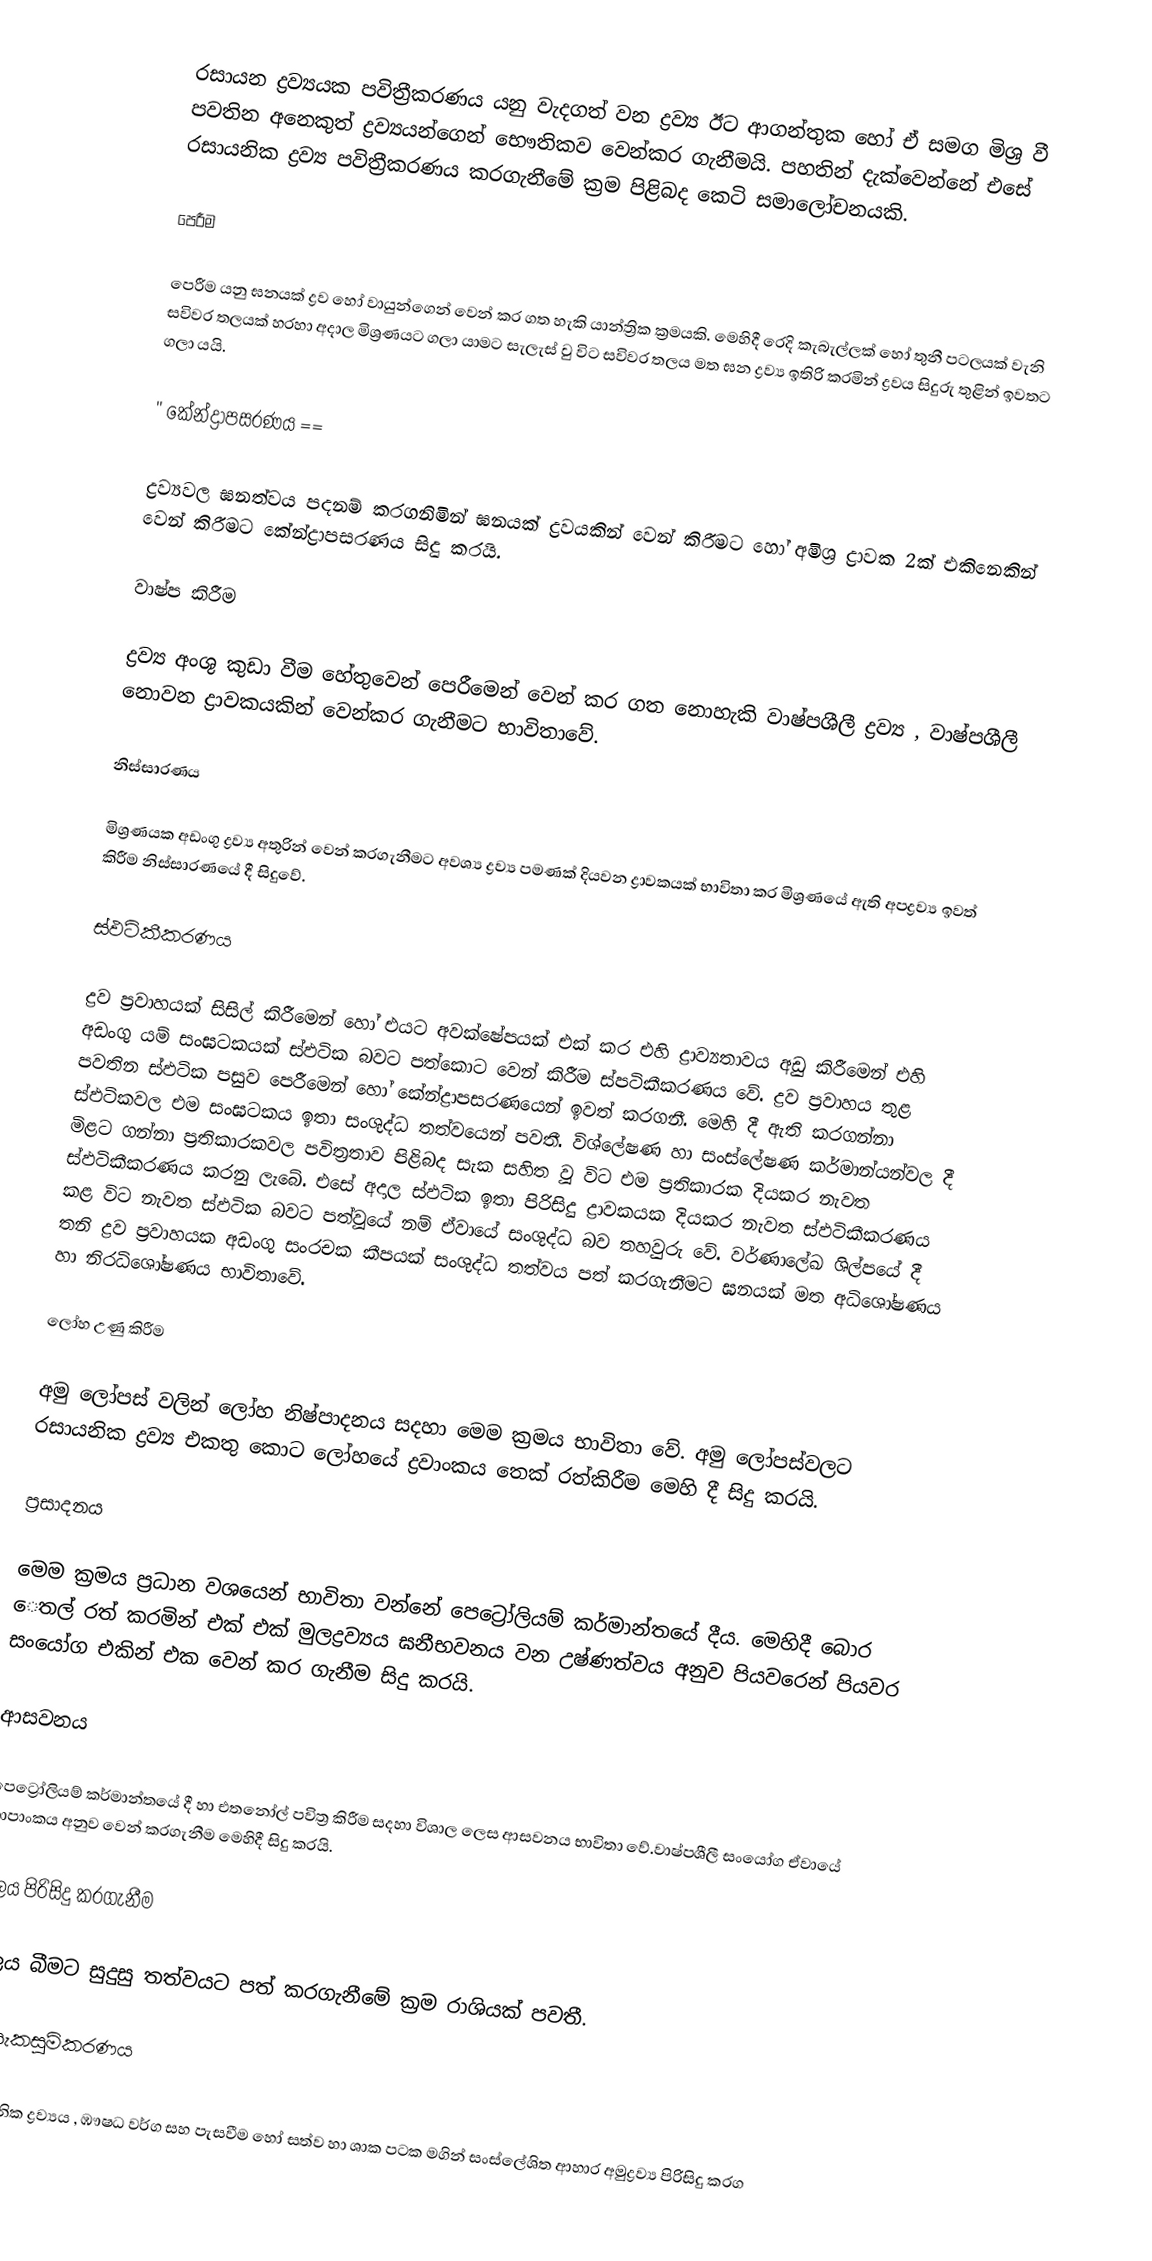
රසායන ද්‍රව්‍යයක පවිත්‍රීකරණය යනු වැදගත් වන ද්‍රව්‍ය ඊට ආගන්තුක හෝ ඒ සමග මිශ්‍ර වී පවතින අනෙකුත් ද්‍රව්‍යයන්ගෙන් භෞතිකව වෙන්කර ගැනීමයි. පහතින් දැක්වෙන්නේ එසේ රසායනික ද්‍රව්‍ය පවිත්‍රීකරණය කරගැනීමේ ක්‍රම පිළිබද කෙටි සමාලෝචනයකි.

පෙරීම

පෙරීම යනු ඝනයක් ද්‍රව හෝ වායුන්ගෙන් වෙන් කර ගත හැකි යාන්ත්‍රික ක්‍රමයකි. මෙහිදී රෙදි කැබැල්ලක් හෝ තුනී පටලයක් වැනි සවිවර තලයක් හරහා අදාල මිශ්‍රණයට ගලා යාමට සැලැස් වු විට සවිවර තලය මත ඝන ද්‍රව්‍ය ඉතිරි කරමින් ද්‍රවය සිදුරු තුළින් ඉවතට ගලා යයි.

''  කේන්ද්‍රාපසරණය ==

ද්‍රව්‍යවල ඝනත්වය පදනම් කරගනිමින් ඝනයක් ද්‍රවයකින් වෙන් කිරීමට හෝ අමිශ්‍ර ද්‍රාවක 2ක් එකිනෙකින් වෙන් කිරීමට කේන්ද්‍රාපසරණය සිදු කරයි.

වාෂ්ප කිරීම

ද්‍රව්‍ය අංශු කුඩා වීම හේතුවෙන් පෙරීමෙන් වෙන් කර ගත නොහැකි වාෂ්පශීලී ද්‍රව්‍ය , වාෂ්පශීලී නොවන ද්‍රාවකයකින් වෙන්කර ගැනීමට භාවිතාවේ.

නිස්සාරණය

මිශ්‍රණයක අඩංගු ද්‍රව්‍ය අතුරින් වෙන් කරගැනීමට අවශ්‍ය ද්‍රව්‍ය පමණක් දියවන ද්‍රාවකයක් භාවිතා කර මිශ්‍රණයේ ඇති අපද්‍රව්‍ය ඉවත් කිරීම නිස්සාරණයේ දී සිදුවේ.

ස්ඵටිකීකරණය

ද්‍රව ප්‍රවාහයක් සිසිල් කිරීමෙන් හෝ එයට අවක්ෂේපයක් එක් කර එහි ද්‍රාව්‍යතාවය අඩු කිරීමෙන් එහි අඩංගු යම් සංඝටකයක් ස්ඵටික බවට පත්කොට වෙන් කිරීම ස්පටිකීකරණය වේ. ද්‍රව ප්‍රවාහය තුළ පවතින ස්ඵටික පසුව පෙරීමෙන් හෝ කේන්ද්‍රාපසරණයෙන් ඉවත් කරගනී. මෙහි දී ඇති කරගන්නා ස්ඵටිකවල එම සංඝටකය ඉතා සංශුද්ධ තත්වයෙන් පවතී. විශ්ලේෂණ හා සංස්ලේෂණ කර්මාන්යන්වල දී මිළට ගන්නා ප්‍රතිකාරකවල පවිත්‍රතාව පිළිබද සැක සහිත වූ විට එම ප්‍රතිකාරක දියකර නැවත ස්ඵටිකීකරණය කරනු  ලැබේ. එසේ අදාල ස්ඵටික ඉතා පිරිසිදු ද්‍රාවකයක දියකර නැවත ස්ඵටිකීකරණය කළ විට නැවත ස්ඵටික බවට පත්වූයේ නම් ඒවායේ සංශුද්ධ බව තහවුරු වේ. වර්ණාලේඛ ශිල්පයේ දී තනි ද්‍රව ප්‍රවාහයක අඩංගු සංරචක කීපයක් සංශුද්ධ තත්වය පත් කරගැනීමට ඝනයක් මත අධිශෝෂණය හා නිරධිශෝෂණය භාවිතාවේ.

ලෝහ උණු කිරීම

අමු ලෝපස් ‍වලින් ලෝහ නිෂ්පාදනය සදහා මෙම ක්‍රමය භාවිතා වේ. අමු ලෝපස්වලට රසායනික ද්‍රව්‍ය එකතු කොට ලෝහයේ ද්‍රවාංකය තෙක් රත්කිරීම මෙහි දී සිදු කරයි.

ප්‍රසාදනය

මෙම ක්‍රමය ප්‍රධාන වශයෙන් භාවිතා වන්නේ පෙට්‍රෝලියම් කර්මාන්තයේ දීය. මෙහිදී බොර ‍ෙතල්  රත් කරමින් එක් එක් මුලද්‍රව්‍යය ඝනීභවනය වන උෂ්ණත්වය අනුව පියවරෙන් පියවර සංයෝග එකින් එක වෙන් කර ගැනීම සිදු කරයි.

ආසවනය

පෙට්‍රෝලියම් කර්මාන්තයේ දී හා එතනෝල් පවිත්‍ර කිරීම සදහා විශාල ලෙස ආසවනය භාවිතා වේ.වාෂ්පශීලී සං‍යෝග ඒවායේ තාපාංකය අනුව වෙන් කරගැනීම මෙහිදී සිදු කරයි.

ජලය පිරිසිදු කරගැනීම

ජලය බීමට සුදුසු තත්වයට පත් කරගැනීමේ ක්‍රම රාශියක් පවතී.

පිරිසැකසුම්කරණය

රසායනික ද්‍රව්‍යය , ඹෟෂධ වර්ග සහ පැසවීම හෝ සත්ව හා ශාක පටක මගින් සංස්ලේශිත ආහාර අමුද්‍රව්‍ය පිරිසිදු කරග